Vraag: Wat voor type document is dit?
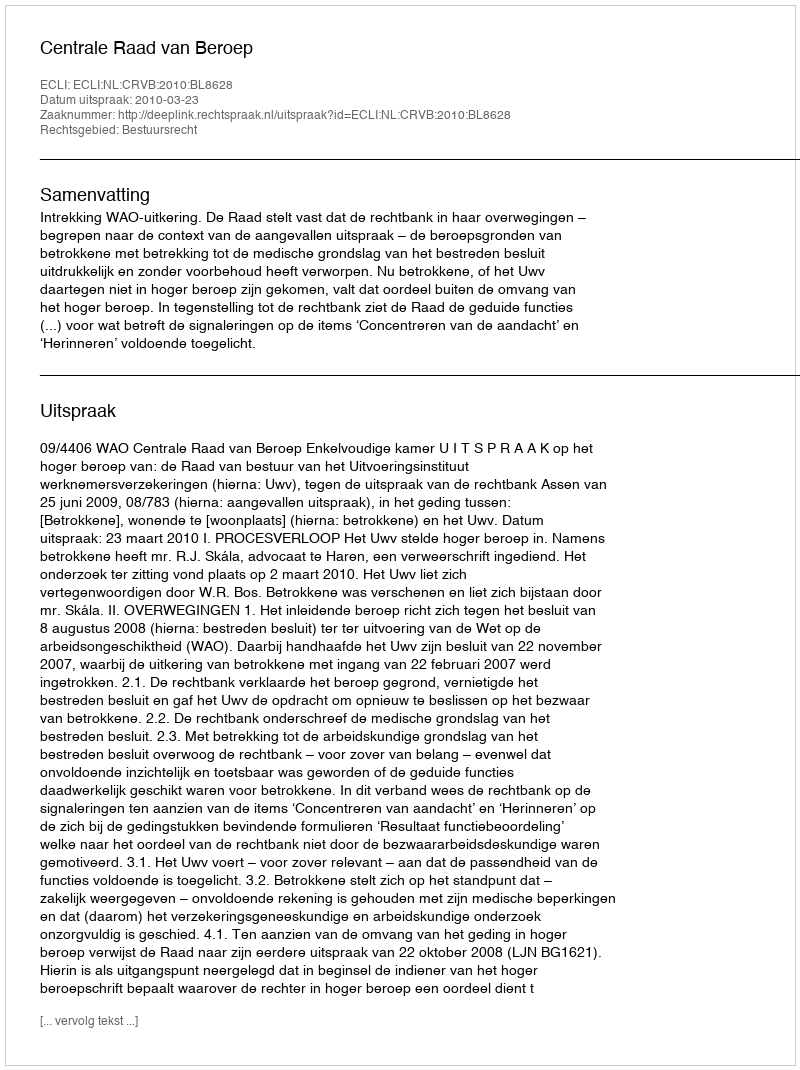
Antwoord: Uitspraak